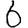
Digit: 6